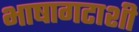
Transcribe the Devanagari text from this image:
भाषागटाशी